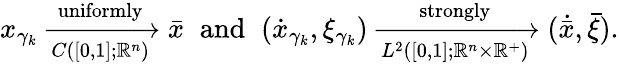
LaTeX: {x}_{\gamma_{k}}\xrightarrow[{C([0,1];\mathbb{R}^{n})}]{\textnormal{uniformly}}{\bar{x}}\; \; \mathrm{and}\; \; (\dot{x}_{\gamma_{k}},\xi_{\gamma_{k}})\xrightarrow[{L^{2}([0,1];\mathbb{R}^{n}\times\mathbb{R}^{+})}]{\textnormal{strongly}}(\dot{\bar{x}},\bar{\xi}).